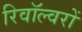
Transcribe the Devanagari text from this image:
रिवॉल्वरों